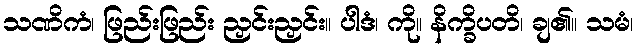
သဏိကံ၊ ဖြည်းဖြည်း ညှင်းညှင်း။ ပါဒံ၊ ကို။ နိက္ခိပတိ၊ ချ၏။ သမံ၊